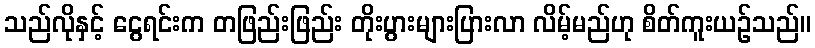
သည်လိုနှင့် ငွေရင်းက တဖြည်းဖြည်း တိုးပွားများပြားလာ လိမ့်မည်ဟု စိတ်ကူးယဉ်သည်။